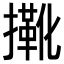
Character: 𢶤